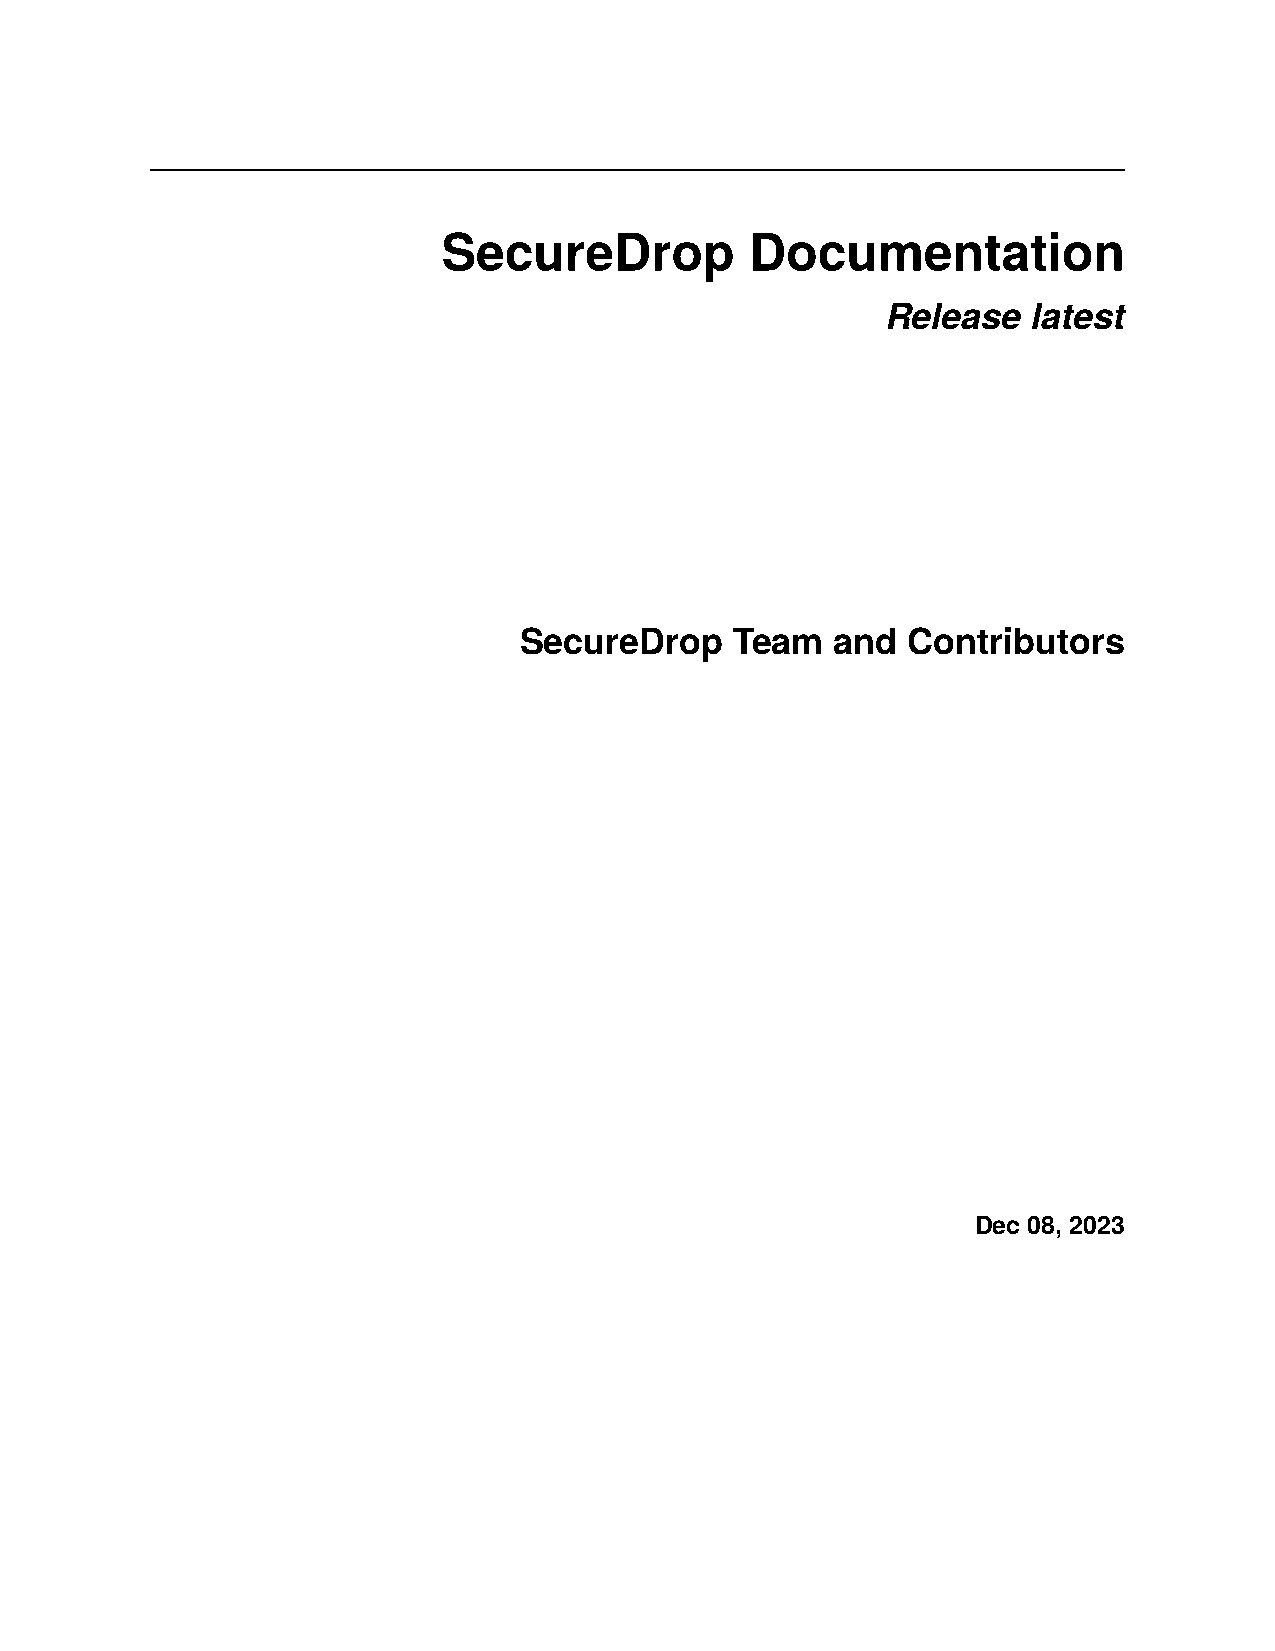
SecureDrop           Documentation
 Release  latest
 SecureDrop     Team  and  Contributors
 Dec 08, 2023